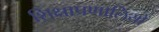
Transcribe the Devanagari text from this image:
शिक्षाप्रणालियों